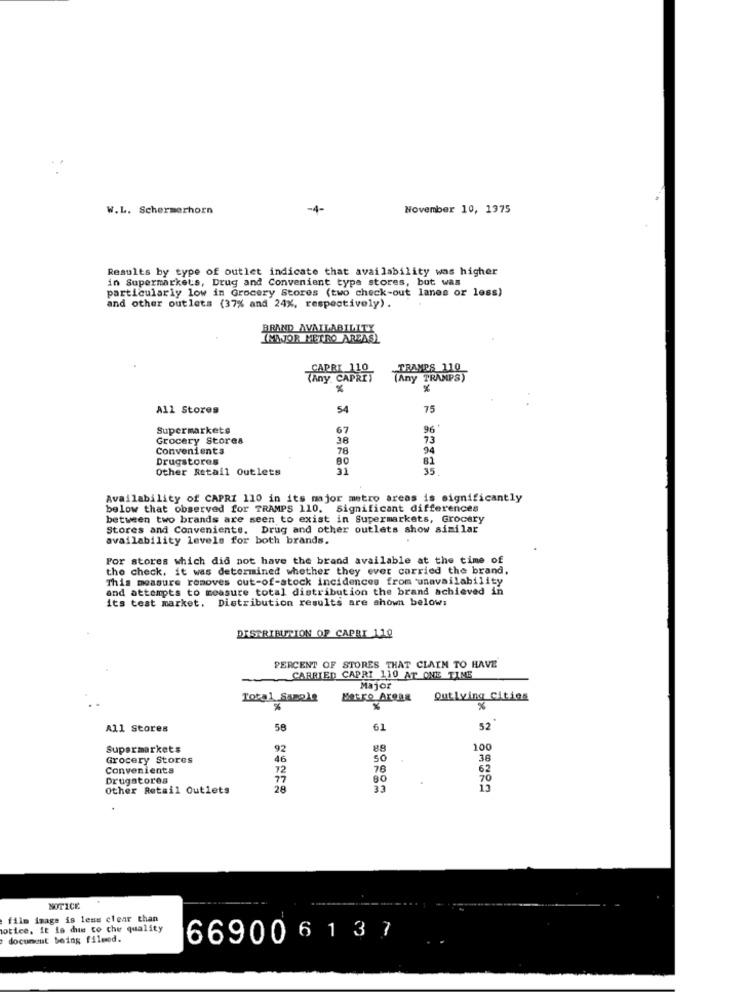
W.L. Schermerhorn
-4-
November 10, 1975
Results by type of outlet indicate that availability was higher
in Supermarkets, Drug and Convenient type stores, but was
particularly low in Grocery Stores (two check-out lanes or less)
and other outlets (37% and 24%, respectively) .
BRAND AVAILABILITY
IMAJOR METRO AREASL
Any CAPRIS
(Any TRAMPS)
All Stores
54
75
Supermarkets
67
96
Grocery Stores
38
73
Convenients
78
94
Drugstores
80
81
Other Retail Outlets
31
35
5.
Availability of CAPRI 110 in its major metro areas is significantly
below that observed for TRAMPS 110. Significant differences
between two brands are seen to exist in Supermarkets, Grocery
Stores and Conveniente. Drug and other outlets show similar
availability levels for both brands.
For stores which did not have the brand available at the time of
the check, it was determined whether they ever carried the brand.
This measure removes out-of-stock incidences from unavailability
and attempts to measure total distribution the brand achieved in
its test market. Distribution results are shown below:
DISTRIBUTION OF CAPRI 110
PERCENT OF STORES THAT CLAIM TO HAVE
CARRIED CAPRI 110 AT ONE TIME
Major
Total_Sample
Metro Areas
Outlying Cities
%
All Stores
58
61
52
Supermarkets
92
88
100
Grocery Stores
50
38
Convenients
72
76
Drugstores
77
80
Other Retail Outlets
28
33
NOTICE
film image is less clear than
notice. it is due to che quality
document being filmed.
669006 1 37